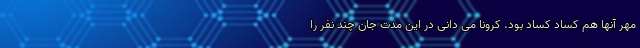
مهر آنها هم کساد کساد بود. کرونا می دانی در این مدت جان چند نفر را